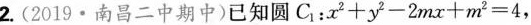
2.（2019·南昌二中期中）已经圆C_{1}:x^2+y^2-2mx+m^2=4.